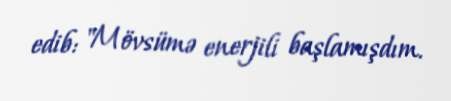
edib: "Mövsümə enerjili başlamışdım.